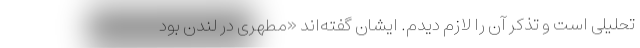
تحلیلی است و تذکر آن را لازم دیدم. ایشان گفته‌اند «مطهری در لندن بود